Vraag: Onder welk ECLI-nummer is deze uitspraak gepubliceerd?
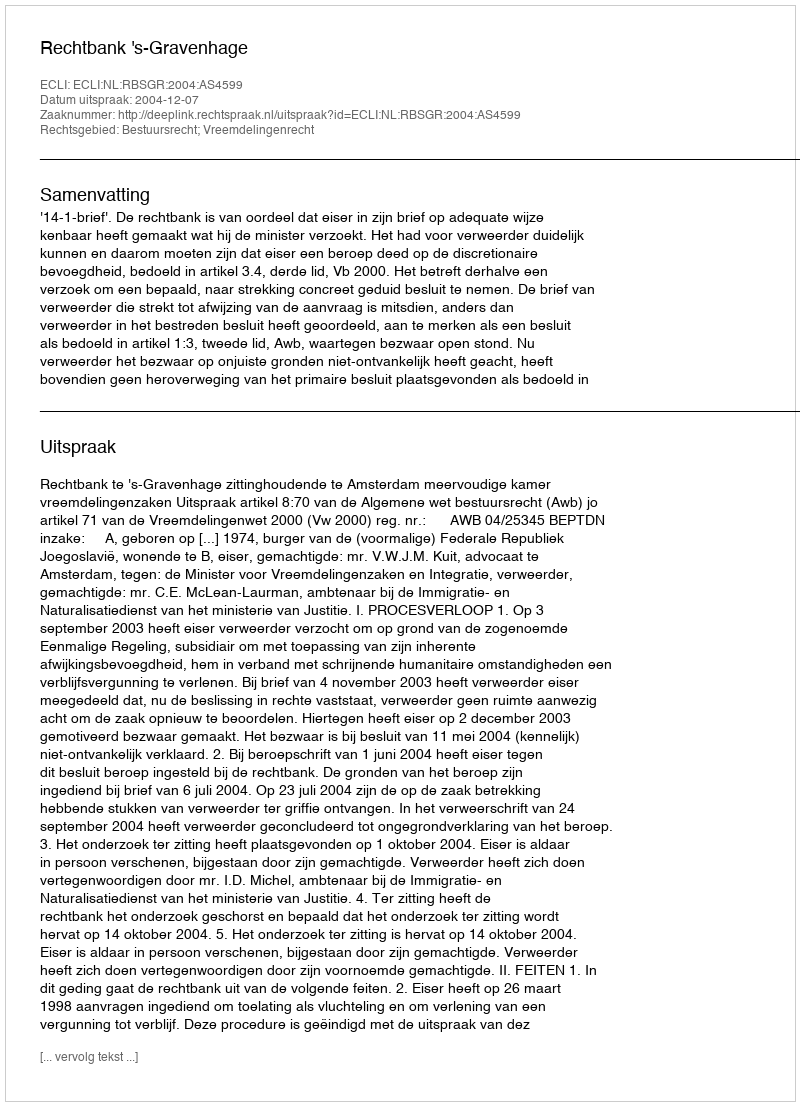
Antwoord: ECLI:NL:RBSGR:2004:AS4599